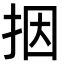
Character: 㧢